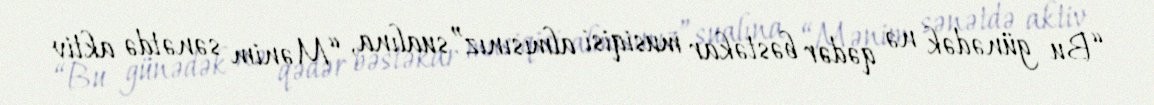
“Bu günədək nə qədər bəstəkar musiqisi almısınız”sualına, “Mənim sənətdə aktiv